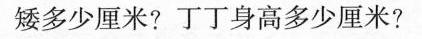
矮多少厘米?丁丁身高多少厘米?